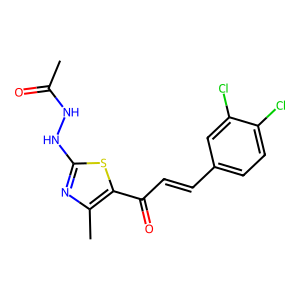
SMILES: CC(=O)NNc1nc(C)c(C(=O)C=Cc2ccc(Cl)c(Cl)c2)s1
Inhibits HIV replication: No